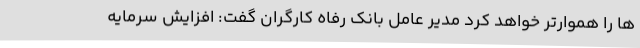
ها را هموارتر خواهد کرد مدیر عامل بانک رفاه کارگران گفت: افزایش سرمایه